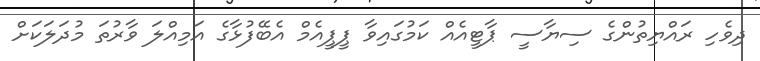
ދިވެހި ރައްޔިތުންގެ ސިޔާސީ ޕާޓީއެއް ކަމުގައިވާ ޕީޕީއެމް އެބޭފުޅާގެ އަމިއްލަ ވާރުތަ މުދަލަކަށް